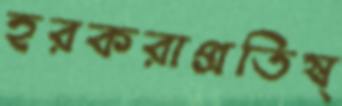
হরকরাপ্রতিষ্